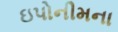
ઇપોનીમના